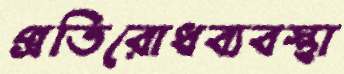
প্রতিরোধব্যবস্থা